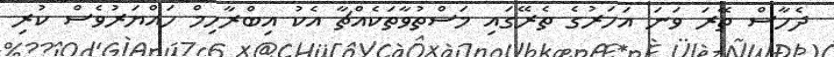
ދެހާސް ތޭރަ ވަނަ އަހަރުގެ ތެރޭގައި މަސްތުވާތަކެއްޗާ އެކު އިބްރާހިމް ހައްޔަރުވެސް ކުރި